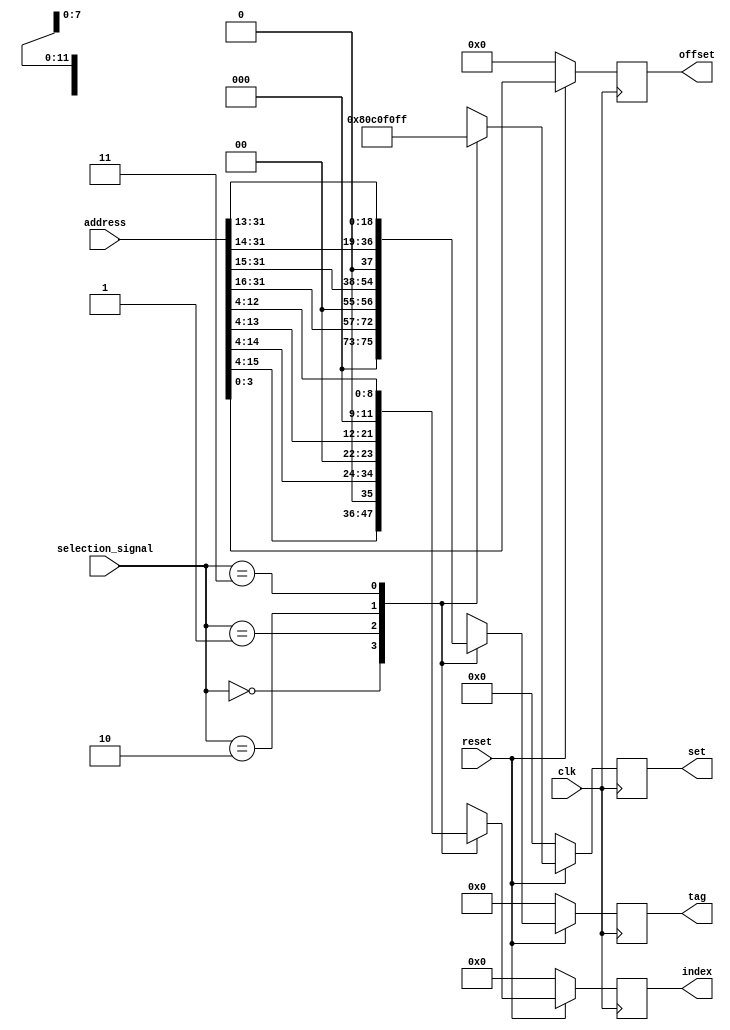
// Cache Set COntroller Unit.
//This unit takes address as an input from CPU to find the tag bits, index bits and the offset bits
// and a 2 bit selection signal to choose DM mode, 2-way , 4-way, and 8-way

module cache_set_cu  
#(parameter WIDTH = 32,
  parameter MODES = 4,
 parameter SETS = 8)

( input [WIDTH-1:0] address,
input reset, 
input clk,                                           
  input [MODES-3:0] selection_signal,
  output reg [SETS-1:0] set,
  output reg [18:0] tag,
  output reg [3:0] offset,
  output reg [11:0] index);

	always @ (posedge clk)
begin
if(!reset)
begin
 index <= 12'b0;
tag <= 19'b0;		
set <= 8'b0;
offset <= 8'b0;

end
else
begin
	case(selection_signal)
		
		2'b00: begin
		       index <= address[15:4];
			tag <= {3'b000, address[31:16]};		
			set <= {8'b 10000000};
			end
		2'b01: begin
		       index <= {1'b0, address[14:4]};
			tag<= {2'b00, address[31:15]};
			set <= {8'b 11000000};		
			end
		2'b10: begin
		       index <= {2'b00, address[13:4]};
			tag <= {1'b0, address[31:14]};
			set <= {8'b 11110000};		
			end
		2'b11: begin
		       index <= {3'b000, address[12:4]};
			tag <=  address[31:13];
			set <= {8'b 11111111};		
			end
		 default: begin
			index <= address[15:4];
			tag <= {3'b000, address[31:16]};
			//set <= {8'b zzzzzzzz};
			  end
		
	endcase
offset = address[3:0];
end
end

endmodule